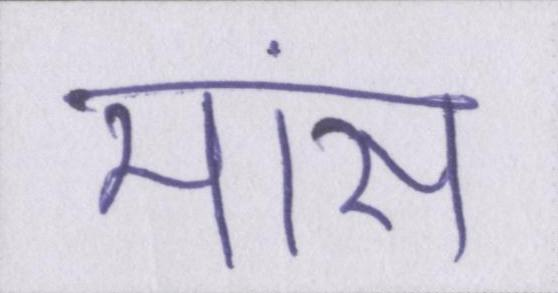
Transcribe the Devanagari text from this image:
मांस